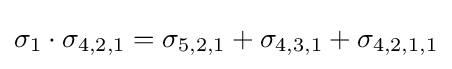
\sigma _{1}\cdot \sigma _{4,2,1}=\sigma _{5,2,1}+\sigma _{4,3,1}+\sigma _{4,2,1,1}